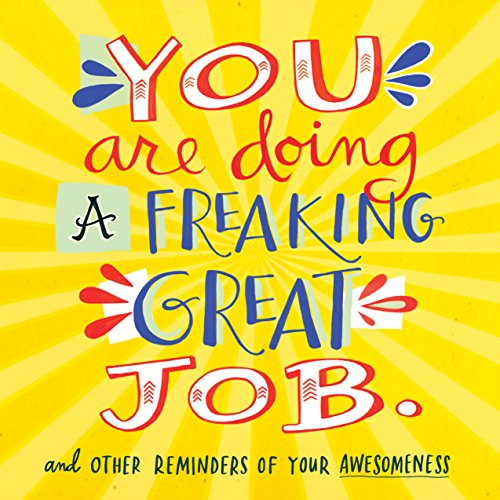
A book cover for You Are Doing a Freaking Great Job.: And Other Reminders of Your Awesomeness; Workman Publishing; Humor & Entertainment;